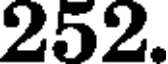
252.